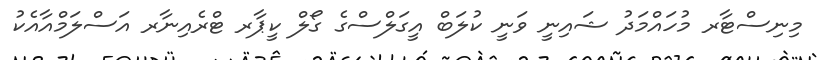
މިނިސްޓާރ މުހައްމަދު ޝައިނީ ވަނީ ކުލަބް އީގަލްސްގެ ގޯލް ކީޕާރ ޓްރެއިނާރ އަސްލަމްއާއެކު